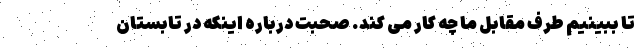
تا ببینیم طرف مقابل ما چه کار می کند. صحبت درباره اینکه در تابستان